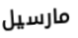
مارسيل